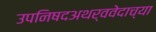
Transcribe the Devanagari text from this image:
उपनिषदअथर्ववेदाच्या